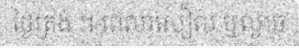
ថ្ងៃត្រង់ ។-ពេលរសៀល ឬល្ងាច